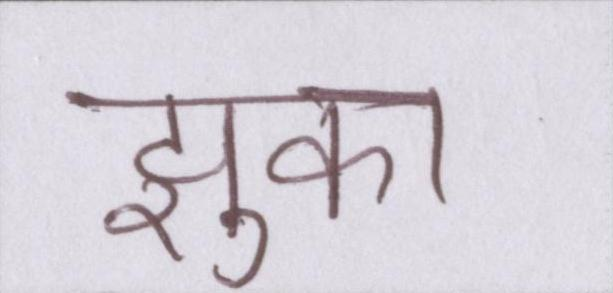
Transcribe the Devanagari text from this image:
झुका